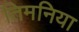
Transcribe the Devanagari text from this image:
तिमनिया